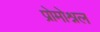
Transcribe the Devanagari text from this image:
प्रोमोश्नल